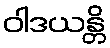
ဝါဒယန္တိ